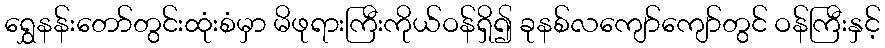
ရွှေနန်းတော်တွင်းထုံးစံမှာ မိဖုရားကြီးကိုယ်ဝန်ရှိ၍ ခုနစ်လကျော်ကျော်တွင် ဝန်ကြီးနှင့်